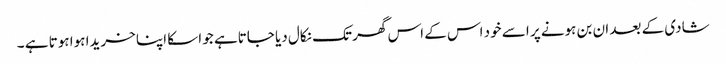
شادی کے بعد ان بن ہونے پر اسے خود اس کے اس گھر تک نکال دیا جاتاہے جو اسکا اپنا خریدا ہوا ہوتا ہے ۔